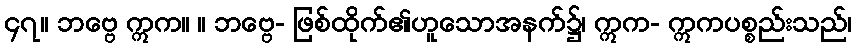
၄၇။ ဘဗ္ဗေ ဣက။ ။ ဘဗ္ဗေ- ဖြစ်ထိုက်၏ဟူသောအနက်၌၊ ဣက- ဣကပစ္စည်းသည်၊